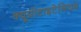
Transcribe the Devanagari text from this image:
क्यूप्रोटाइटेनियम